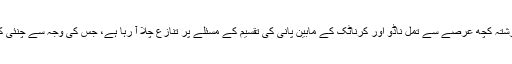
معاملہ کچھ یوں ہے کہ گزشتہ کچھ عرصے سے تمل ناڈو اور کرناٹک کے مابین پانی کی تقسیم کے مسئلے پر تنازع چلا آ رہا ہے، جس کی وجہ سے چنئی کے حالات کافی کشیدہ ہیں۔